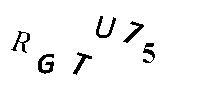
RGTU75